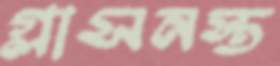
গ্লাসনস্ত